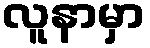
လူနာမှာ